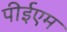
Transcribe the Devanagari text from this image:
पीईएम